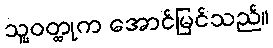
သူ့ဝတ္ထုက အောင်မြင်သည်။